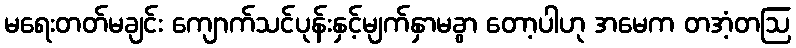
မရေးတတ်မချင်း ကျောက်သင်ပုန်းနှင့်မျက်နှာမခွာ တော့ပါဟု အမေက တအံ့တဩ